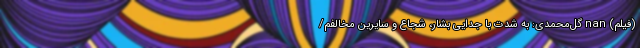
(فیلم) nan گل‌محمدی: به شدت با جدایی بشار، شجاع و سایرین مخالفم/